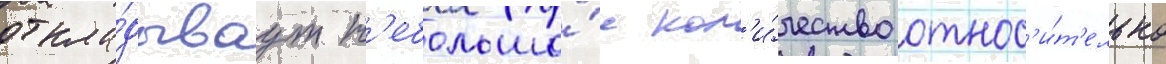
откла́дываут н'ебольшо́е кол'и́чество относ'и́т'ельно